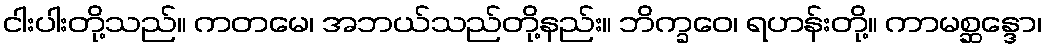
ငါးပါးတို့သည်။ ကတမေ၊ အဘယ်သည်တို့နည်း။ ဘိက္ခဝေ၊ ရဟန်းတို့။ ကာမစ္ဆန္ဒော၊